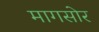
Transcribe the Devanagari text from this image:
मागसोर